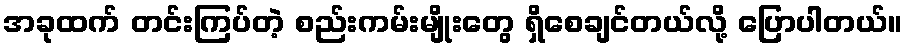
အခုထက် တင်းကြပ်တဲ့ စည်းကမ်းမျိုးတွေ ရှိစေချင်တယ်လို့ ပြောပါတယ်။